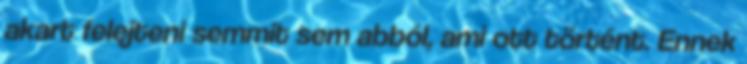
akart felejteni semmit sem abból, ami ott történt. Ennek